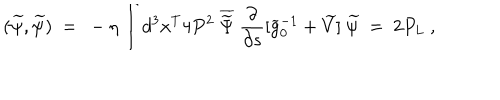
LaTeX: ( \widetilde \psi , \widetilde \psi ) \ = \ - \eta \int d ^ { 3 } x ^ { T } 4 P ^ { 2 } \ \overline { { { \widetilde \Psi } } } \ \frac { \partial } { \partial s } [ \widetilde g _ { 0 } ^ { - 1 } + \widetilde V ] \ \widetilde \psi \ = \ 2 P _ { L } \ ,